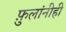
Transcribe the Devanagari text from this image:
फ़ुलांनीही